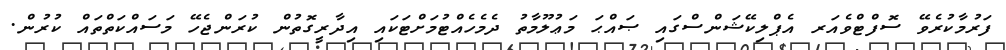
ފަރުމާކުރެވޭ ސޮފްޓްވެއަރ އެޕްލިކޭޝަންސްގައި ޞައްޙަ މަޢުލޫމާތު ދެމެހެއްޓުމަށްޓަކައި އިދާރީގޮތުން ކުރަންޖެހޭ މަސައްކަތްތައް ކުރުން.